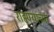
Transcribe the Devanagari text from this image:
राह्ण्याच्या